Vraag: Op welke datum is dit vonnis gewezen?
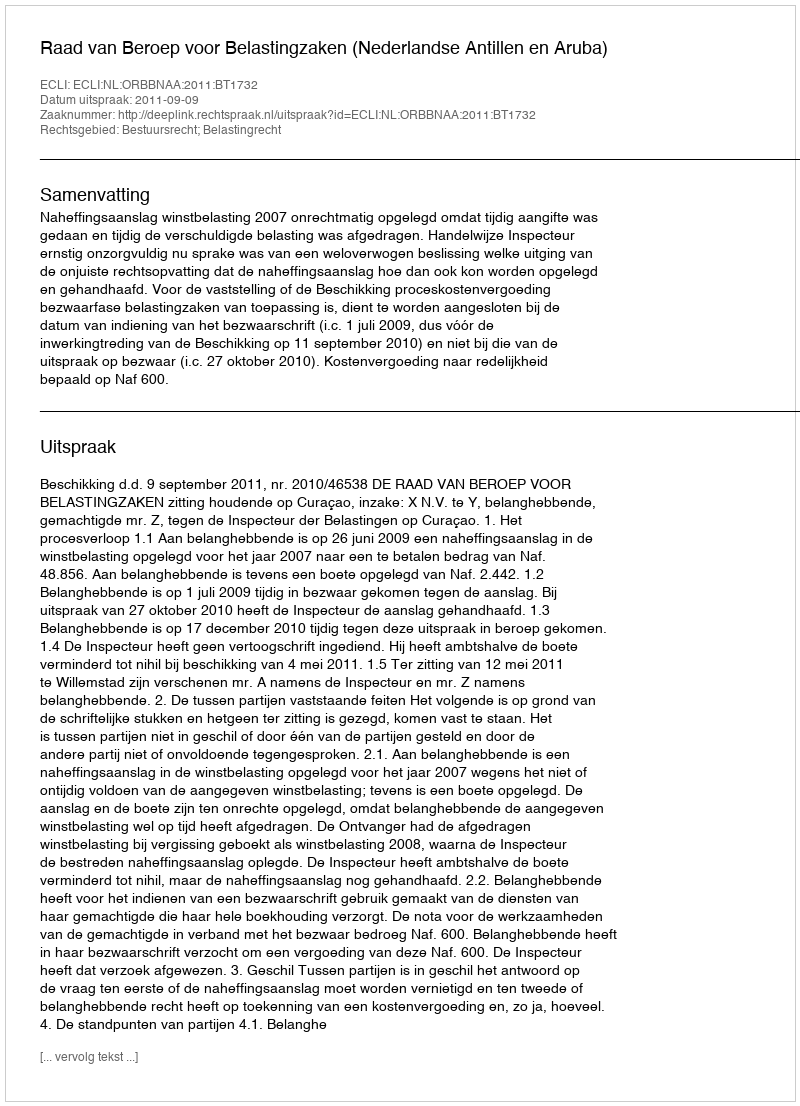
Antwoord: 2011-09-09